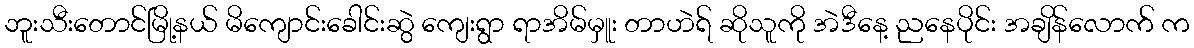
ဘူးသီးတောင်မြို့နယ် မိကျောင်းခေါင်းဆွဲ ကျေးရွာ ရာအိမ်မှူး တာဟဲရ် ဆိုသူကို အဲဒီနေ့ ညနေပိုင်း အချိန်လောက် က